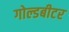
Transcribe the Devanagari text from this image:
गोल्डबीटर